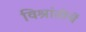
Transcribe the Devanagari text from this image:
विश्रांतीचें